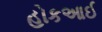
હોકઆઈ